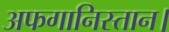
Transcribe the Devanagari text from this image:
अफगानिस्तान।